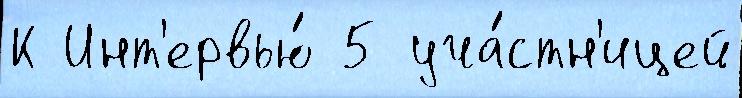
К Инт'ервью́ 5 уча́стн'ицей